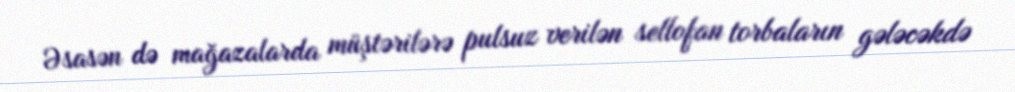
Əsasən də mağazalarda müştərilərə pulsuz verilən sellofan torbaların gələcəkdə